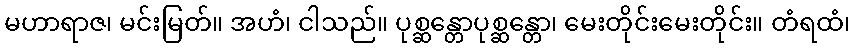
မဟာရာဇ၊ မင်းမြတ်။ အဟံ၊ ငါသည်။ ပုစ္ဆန္တောပုစ္ဆန္တော၊ မေးတိုင်းမေးတိုင်း။ တံရထံ၊